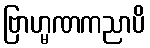
ဗြာဟ္မဏကညာပိ